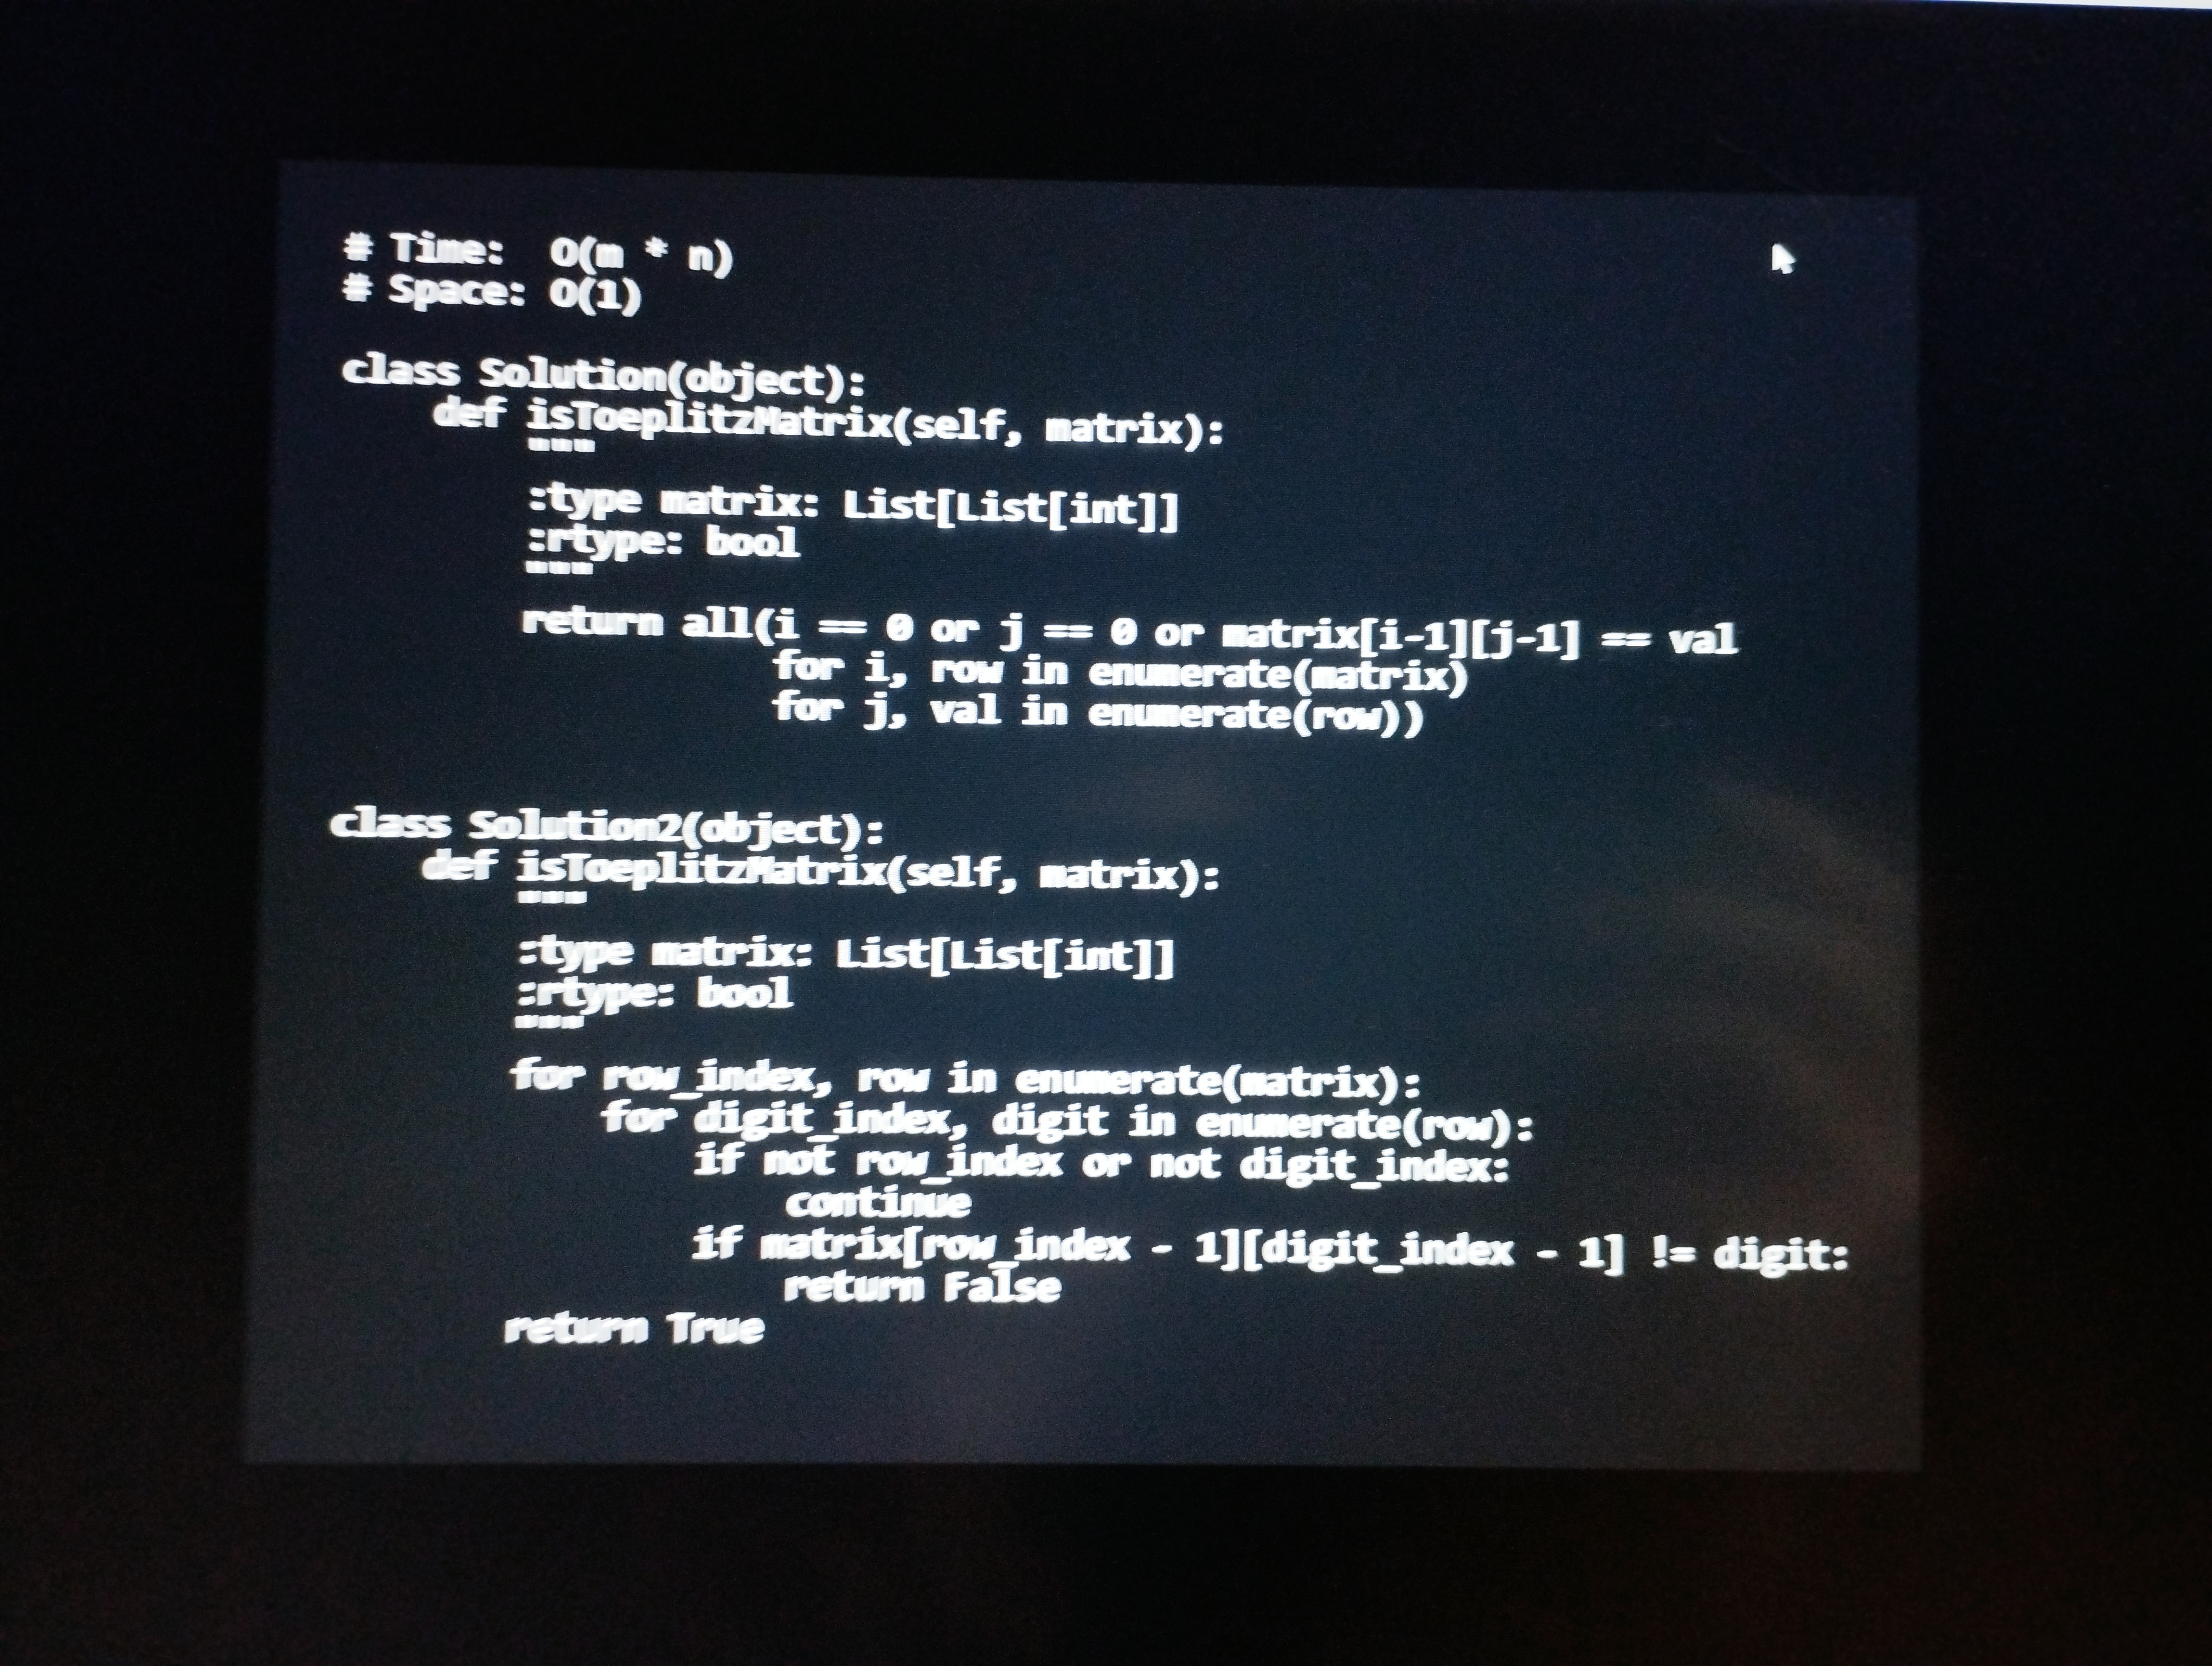
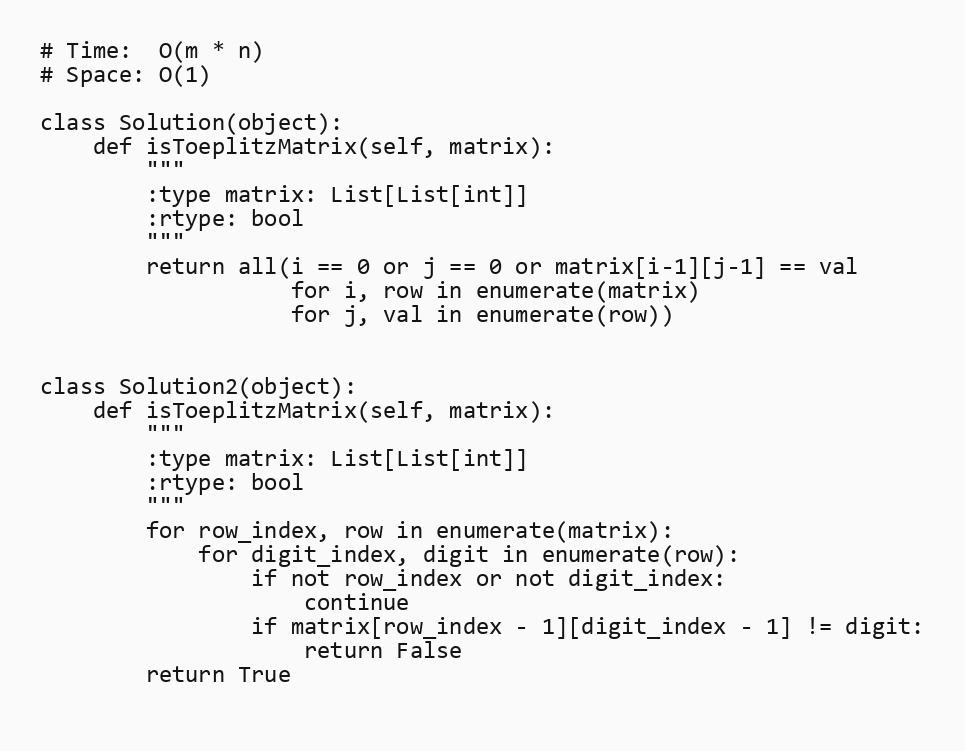
# Time:  O(m * n)
# Space: O(1)

class Solution(object):
    def isToeplitzMatrix(self, matrix):
        """
        :type matrix: List[List[int]]
        :rtype: bool
        """
        return all(i == 0 or j == 0 or matrix[i-1][j-1] == val
                   for i, row in enumerate(matrix)
                   for j, val in enumerate(row))

class Solution2(object):
    def isToeplitzMatrix(self, matrix):
        """
        :type matrix: List[List[int]]
        :rtype: bool
        """
        for row_index, row in enumerate(matrix):
            for digit_index, digit in enumerate(row):
                if not row_index or not digit_index:
                    continue
                if matrix[row_index - 1][digit_index - 1] != digit:
                    return False
        return True